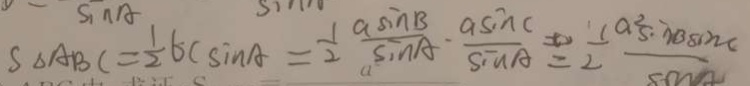
S _ { \Delta A B C } ( = \frac { 1 } { 2 } 6 c \sin A = \frac { 1 } { 2 } \frac { \alpha \sin B } { \sin A } \cdot \frac { \alpha \sin c } { \sin A } = \frac { a \sin C } { \sin A } = \frac { 1 } { 2 } \frac { a ^ { 2 } s \cdot \lambda B \sin c } { \cos n }